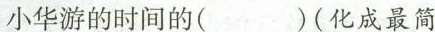
小华游的时间的( )(化成最简